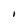
Character: I